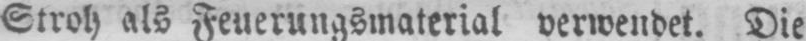
Stroh als Feuerungsmaterial verwendet. Die